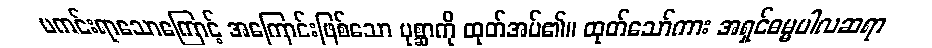
မကင်းရာသောကြောင့် အကြောင်းဖြစ်သော ပုစ္ဆာကို ထုတ်အပ်၏။ ထုတ်သော်ကား အရှင်ဓမ္မပါလဆရာ